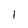
Character: 1